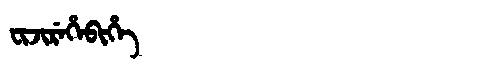
Manchu: ᠸᡳᠵᡳᡵᡝᡥᡝᠪᡳᡥᡝ
Romanization: FIJIREHEBIHE